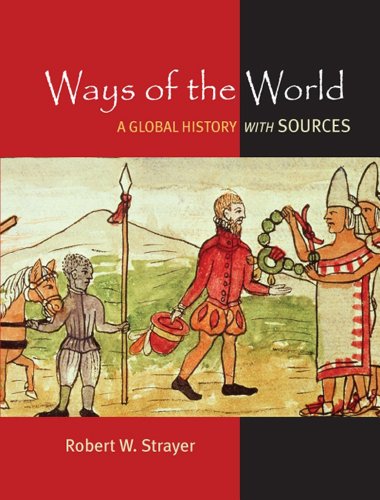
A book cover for Ways of the World: A Brief Global History with Sources; Robert W. Strayer; Teen & Young Adult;